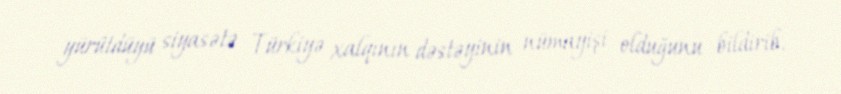
yürütdüyü siyasətə Türkiyə xalqının dəstəyinin nümayişi olduğunu bildirib.